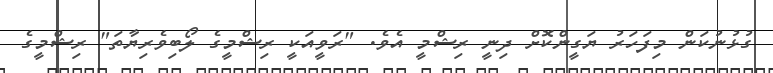
ގުޅުނުކަން މިފަހަރު ޔަގީންކޮށް ދިނީ ރިޝްމީ އެވެ. "ރަވީއަކީ ރިޝްމީގެ ލޯބިވެރިޔާތަ" ރިޝްމީގެ